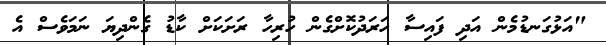
"އަޅުގަނޑުމެން އަދި ފައިސާ ހަރަދުކޮށްގެން ހުރިހާ ރަށަކަށް ކާޑު ގެންދިޔަ ނަމަވެސް އެ